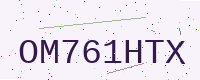
Text: OM761HTX